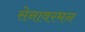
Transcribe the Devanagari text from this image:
सेनावरमन